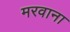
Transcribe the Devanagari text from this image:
मरवाना